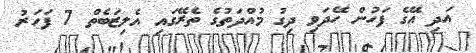
އަދި އޭގެ ފަހުން ހޭދަވި ދިގު މުއްދަތުގެ ތެރޭގައި އެލިޒަބެތް 7 ފަހަރު